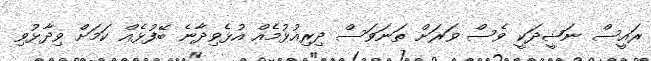
ރައީސް ނަޝީދަކީ ވެސް ވަރަށް ތަނަވަސް ދިރިއުޅުމެއް އުޅެވިދާނެ ބޭފުޅެއް ކަމަށް ވިދާޅުވި